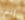
إنتي